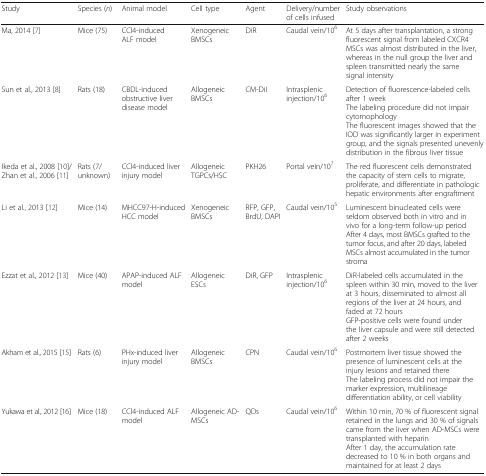
<table><thead><tr><td><b>Study</b></td><td><b>Species (<i>n</i>)</b></td><td><b>Animal model</b></td><td><b>Cell type</b></td><td><b>Agent</b></td><td><b>Delivery/number of cells infused</b></td><td><b>Study observations</b></td></tr></thead><tbody><tr><td>Ma, 2014 [7]</td><td>Mice (75)</td><td>CCl4-induced ALF model</td><td>Xenogeneic BMSCs</td><td>DiR</td><td>Caudal vein/10<sup>6</sup></td><td>At 5 days after transplantation, a strong fluorescent signal from labeled CXCR4 MSCs was almost distributed in the liver, whereas in the null group the liver and spleen transmitted nearly the same signal intensity</td></tr><tr><td>Sun et al., 2013 [8]</td><td>Rats (18)</td><td>CBDL-induced obstructive liver disease model</td><td>Allogeneic BMSCs</td><td>CM-DiI</td><td>Intrasplenic injection/10<sup>6</sup></td><td>Detection of fluorescence-labeled cells after 1 weekThe labeling procedure did not impair cytomophologyThe fluorescent images showed that the IOD was significantly larger in experiment group, and the signals presented unevenly distribution in the fibrous liver tissue</td></tr><tr><td>Ikeda et al., 2008 [10]/Zhan et al., 2006 [11]</td><td>Rats (7/unknown)</td><td>CCl4-induced liver injury model</td><td>Allogeneic TGPCs/HSC</td><td>PKH26</td><td>Portal vein/10<sup>7</sup></td><td>The red fluorescent cells demonstrated the capacity of stem cells to migrate, proliferate, and differentiate in pathologic hepatic environments after engraftment</td></tr><tr><td>Li et al., 2013 [12]</td><td>Mice (14)</td><td>MHCC97-H-induced HCC model</td><td>Xenogeneic BMSCs</td><td>RFP, GFP, BrdU, DAPI</td><td>Caudal vein/10<sup>5</sup></td><td>Luminescent binucleated cells were seldom observed both in vitro and in vivo for a long-term follow-up periodAfter 4 days, most BMSCs grafted to the tumor focus, and after 20 days, labeled MSCs almost accumulated in the tumor stroma</td></tr><tr><td>Ezzat et al., 2012 [13]</td><td>Mice (40)</td><td>APAP-induced ALF model</td><td>Allogeneic ESCs</td><td>DiR, GFP</td><td>Intrasplenic injection/10<sup>6</sup></td><td>DiR-labeled cells accumulated in the spleen within 30 min, moved to the liver at 3 hours, disseminated to almost all regions of the liver at 24 hours, and faded at 72 hoursGFP-positive cells were found under the liver capsule and were still detected after 2 weeks</td></tr><tr><td>Akham et al., 2015 [15]</td><td>Rats (6)</td><td>PHx-induced liver injury model</td><td>Allogeneic BMSCs</td><td>CPN</td><td>Caudal vein/10<sup>6</sup></td><td>Postmortem liver tissue showed the presence of luminescent cells at the injury lesions and retained thereThe labeling process did not impair the marker expression, multilineage differentiation ability, or cell viability</td></tr><tr><td>Yukawa et al., 2012 [16]</td><td>Mice (18)</td><td>CCl4-induced ALF model</td><td>Allogeneic AD-MSCs</td><td>QDs</td><td>Caudal vein/10<sup>6</sup></td><td>Within 10 min, 70 % of fluorescent signal retained in the lungs and 30 % of signals came from the liver when AD-MSCs were transplanted with heparinAfter 1 day, the accumulation rate decreased to 10 % in both organs and maintained for at least 2 days</td></tr></tbody></table>